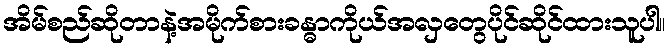
အိမ်စည်ဆိုတာနဲ့အမိုက်စားခန္ဓာကိုယ်အလှတွေပိုင်ဆိုင်ထားသူပါ။